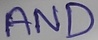
Text: AND